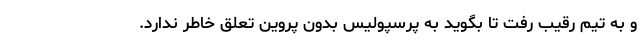
و به تیم رقیب رفت تا بگوید به پرسپولیس بدون پروین تعلق خاطر ندارد.